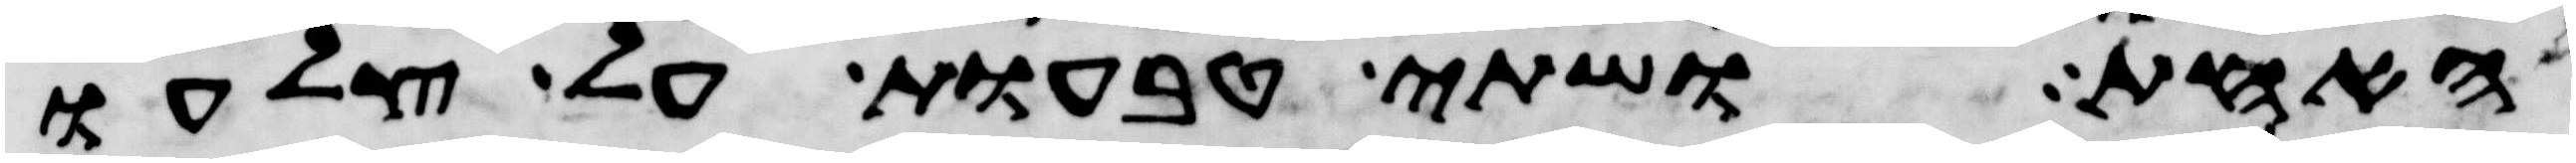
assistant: האחד ושתי טבעות על צלעו